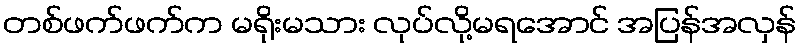
တစ်ဖက်ဖက်က မရိုးမသား လုပ်လို့မရအောင် အပြန်အလှန်